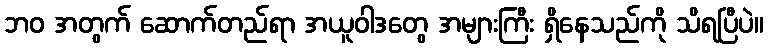
ဘဝ အတွက် ဆောက်တည်ရာ အယူဝါဒတွေ အများကြီး ရှိနေသည်ကို သိရပြီပဲ။